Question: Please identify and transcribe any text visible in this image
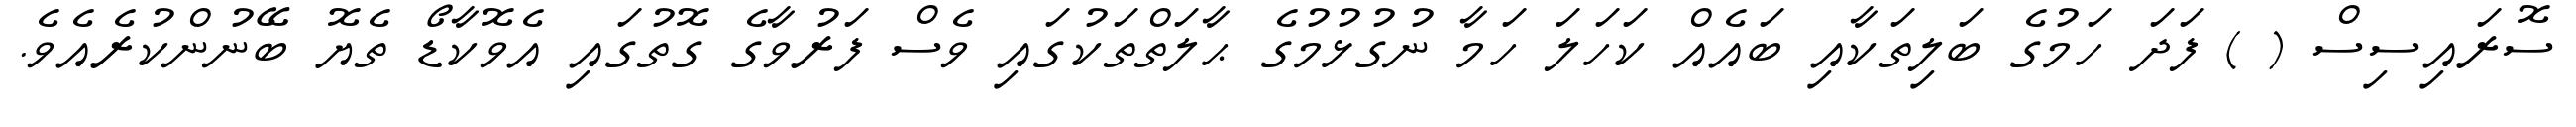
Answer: ސޮރައިސިސް ( ) ފަދަ ހަމުގެ ބަލިތަކާއި ބައެއް ކަހަލަ ހަމާ ނުގުޅުމުގެ ޙާލަތްތަކުގައި ވެސް ފަރުވާގެ ގޮތުގައި އެވޮކާޑޯ ތެޔޮ ބޭނުންކުރެއެވެ.